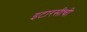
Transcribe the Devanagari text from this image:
इटारसीची